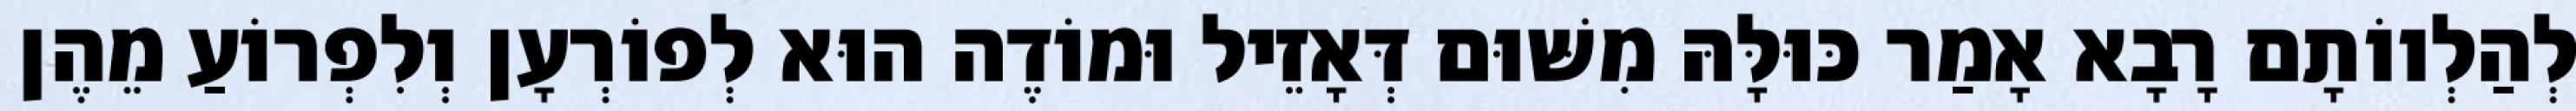
לְהַלְווֹתָם רָבָא אָמַר כּוּלָּהּ מִשּׁוּם דְּאָזֵיל וּמוֹדֶה הוּא לְפוֹרְעָן וְלִפְרוֹעַ מֵהֶן